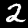
Digit: 2